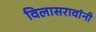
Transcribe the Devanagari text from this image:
विलासरावांनी